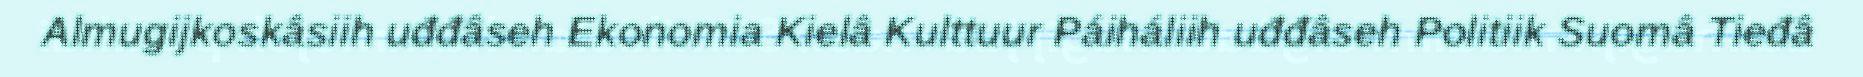
Almugijkoskâsiih uđđâseh Ekonomia Kielâ Kulttuur Páiháliih uđđâseh Politiik Suomâ Tieđâ